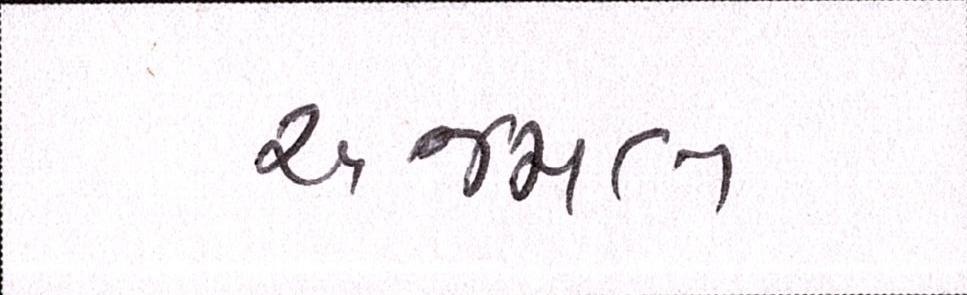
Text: અજમલ